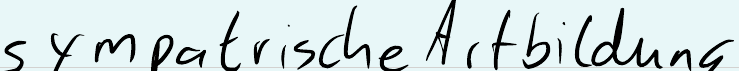
sympatrische Artbildung